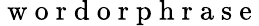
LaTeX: \mathrm{~w~o~r~d~o~r~p~h~r~a~s~e~}